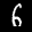
Label: 6